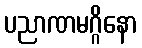
ပညာဏမဂ္ဂိနော